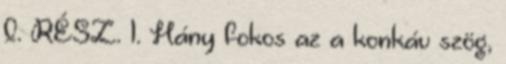
I. RÉSZ. 1. Hány fokos az a konkáv szög,